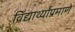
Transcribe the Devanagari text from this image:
विद्यार्थ्यांप्रमाणे